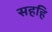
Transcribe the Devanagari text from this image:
सहहि